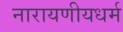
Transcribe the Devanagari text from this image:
नारायणीयधर्म